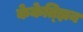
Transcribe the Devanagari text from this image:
केकेत्झिन